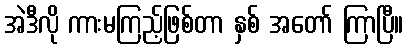
အဲဒီလို ကားမကြည့်ဖြစ်တာ နှစ် အတော် ကြာပြီ။